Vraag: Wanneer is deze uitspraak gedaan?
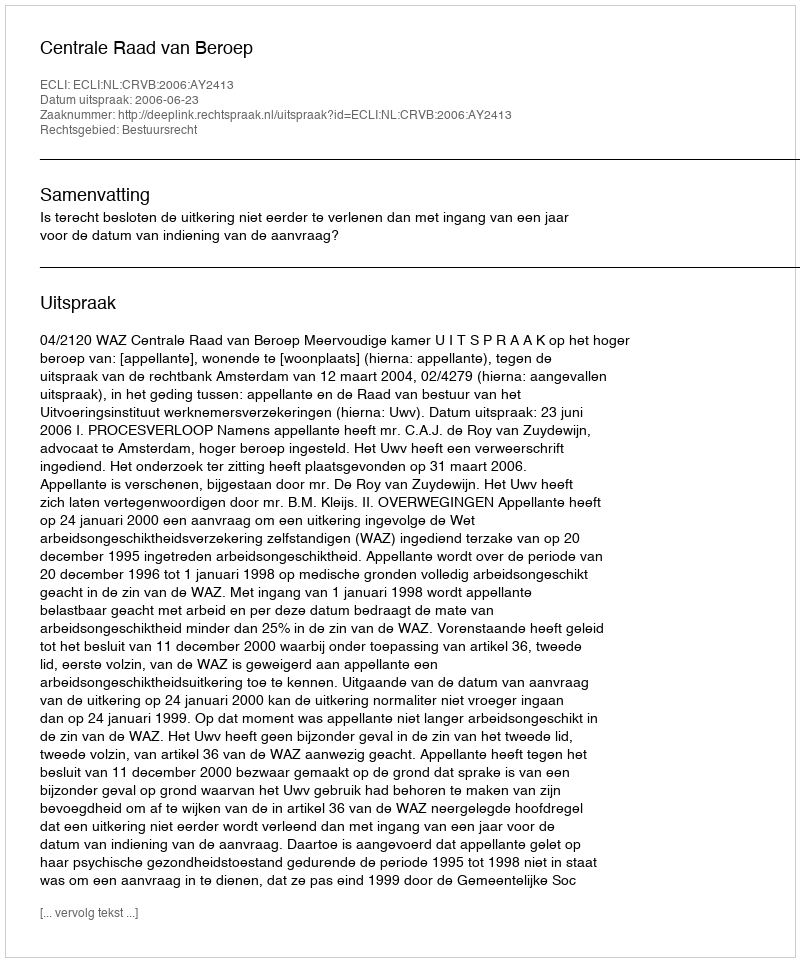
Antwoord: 2006-06-23